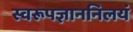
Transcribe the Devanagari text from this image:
स्वरूपज्ञाननिलयं